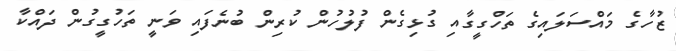
ޒުހާގެ މައްސަަލައިގެ ތަހްގީގާއި ގުޅިގެން ފުލުހުން ކުރިން ބުނެފައި ވަނީ ތަހުގީގުން ދައްކާ